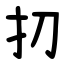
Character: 㧅